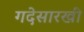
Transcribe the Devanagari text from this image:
गदेसारखी